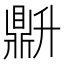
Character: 𬹦